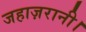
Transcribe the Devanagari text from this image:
जहाज़रानी।